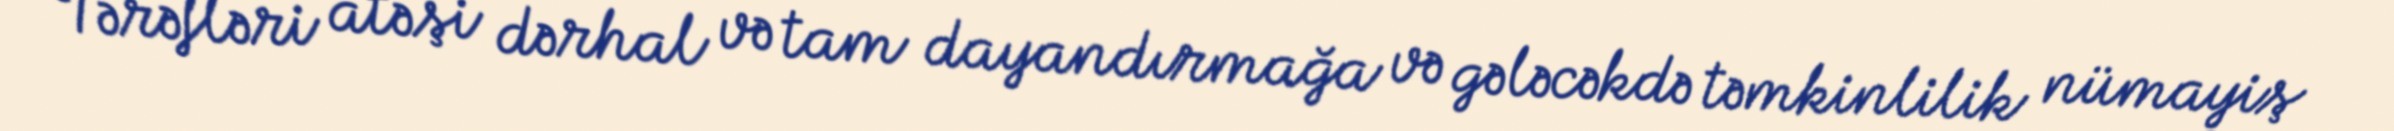
Tərəfləri atəşi dərhal və tam dayandırmağa və gələcəkdə təmkinlilik nümayiş